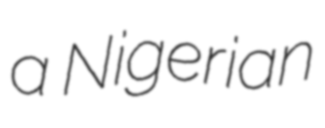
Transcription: a Nigerian